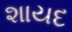
શાયદ